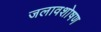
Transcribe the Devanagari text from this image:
जलावशोषण